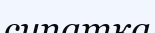
сипатка